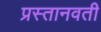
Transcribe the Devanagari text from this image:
प्रस्तानवती